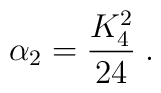
\alpha_2 = \frac{K_4^2}{24}   \; .